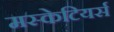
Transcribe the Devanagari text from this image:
मस्केटियर्स